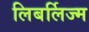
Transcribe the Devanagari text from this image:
लिबर्लिज्म